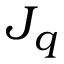
J _ { q }